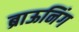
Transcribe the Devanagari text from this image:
ब्राऊनिंग